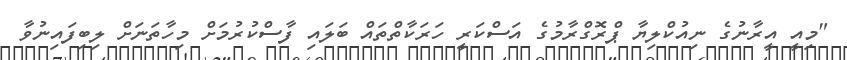
"މިއީ އީރާނުގެ ނިއުކްލިޔާ ޕްރޮގްރާމުގެ އަސްކަރީ ހަރަކާތްތައް ބަލައި ފާސްކުރުމަށް މިހާތަނަށް ލިބިފައިނުވާ